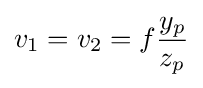
v_{1}=v_{2}=f{\frac {y_{p}}{z_{p}}}